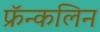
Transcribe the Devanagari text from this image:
फ्रॅन्कलिन